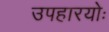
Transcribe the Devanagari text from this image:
उपहारयोः